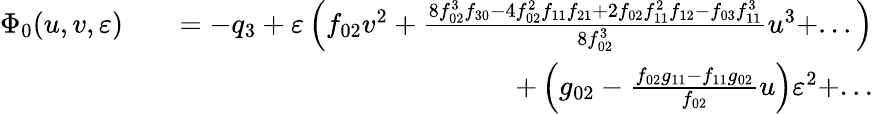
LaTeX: \begin{array}{rlr}{\Phi_{0}(u,v,\varepsilon)}&{}&{=-q_{3}+\varepsilon\left(f_{02}v^{2}+\frac{8f_{02}^{3}f_{30}-4f_{02}^{2}f_{11}f_{21}+2f_{02}f_{11}^{2}f_{12}-f_{03}f_{11}^{3}}{8f_{02}^{3}}u^{3}+...\right)}\\ &{}&{+\left(g_{02}-\frac{f_{02}g_{11}-f_{11}g_{02}}{f_{02}}u\right)\varepsilon^{2}+...}\end{array}